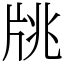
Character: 㸠